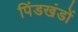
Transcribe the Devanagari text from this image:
पिंडखंडों